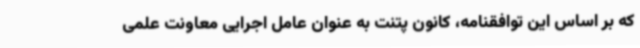
که بر اساس این توافقنامه، کانون پتنت به عنوان عامل اجرایی معاونت علمی